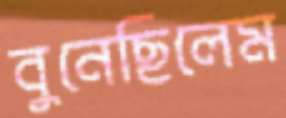
বুনেছিলেম